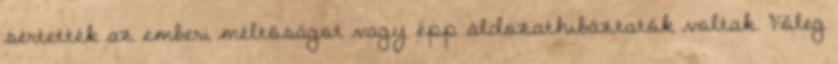
sértették az emberi méltóságot vagy épp áldozathibáztatók voltak. Főleg